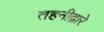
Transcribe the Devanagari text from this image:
तहनीद्वारे